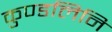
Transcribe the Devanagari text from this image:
कुण्डलिनि